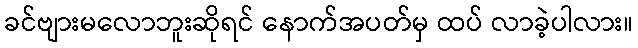
ခင်ဗျားမလောဘူးဆိုရင် နောက်အပတ်မှ ထပ် လာခဲ့ပါလား။